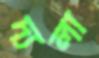
দ্যলা